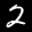
Label: 2